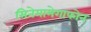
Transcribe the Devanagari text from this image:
सिनेमामेगाफोन